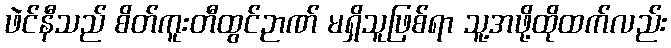
ဖဲင်နီသည် စိတ်ကူးတီထွင်ဉာဏ် မရှိသူဖြစ်ရာ သူ့အဖို့ထိုထက်လည်း